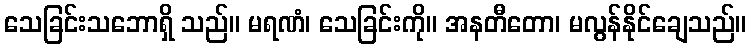
သေခြင်းသဘောရှိ သည်။ မရဏံ၊ သေခြင်းကို။ အနတီတော၊ မလွန်နိုင်ချေသည်။